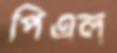
পিএল